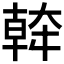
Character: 𱘹